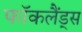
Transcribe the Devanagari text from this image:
फॉकलैंड्स